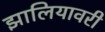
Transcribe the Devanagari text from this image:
झालियावरी